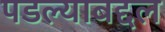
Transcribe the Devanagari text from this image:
पडल्याबद्दल